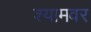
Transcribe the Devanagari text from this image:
श्यामवर